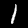
Label: 1